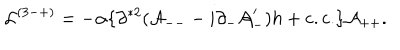
LaTeX: { \cal L } ^ { ( 3 - + ) } = - \alpha \{ \partial ^ { * 2 } ( { \cal A } _ { -- } - i \partial _ { - } { \cal A } _ { - } ^ { \prime } ) h + \mathrm { c . c . } \} { \cal A } _ { + + } .